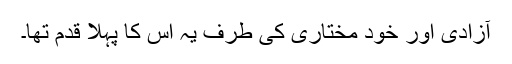
آزادی اور خود مختاری کی طرف یہ اس کا پہلا قدم تھا۔